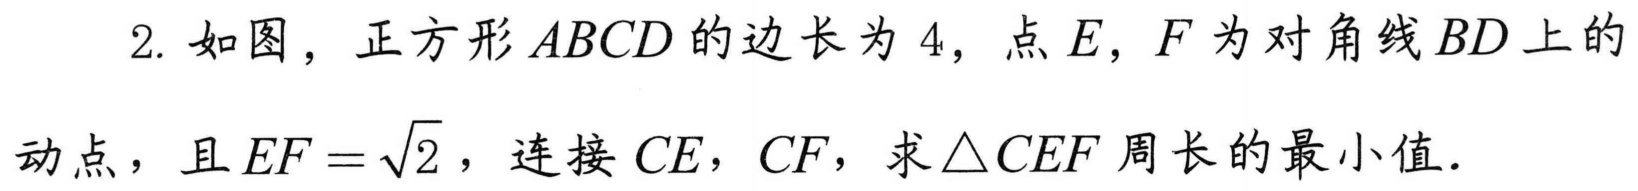
2. 如图，正方形\(ABCD\)的边长为\(4\)，点\(E,F\)为对角线\(BD\)上的
动点，且\(EF = \sqrt{2}\)，连接\(CE\)，\(CF\)，求\(\triangle CEF\)周长的最小值.